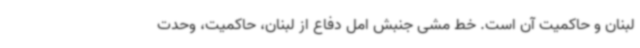
لبنان و حاکمیت آن است. خط مشی جنبش امل دفاع از لبنان، حاکمیت، وحدت